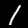
Label: 1